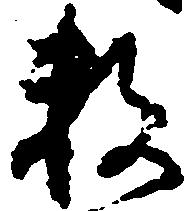
数